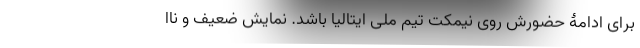
برای ادامۀ حضورش روی نیمکت تیم ملی ایتالیا باشد. نمایش ضعیف و ناا